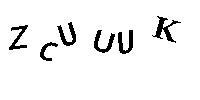
ZCUUUK